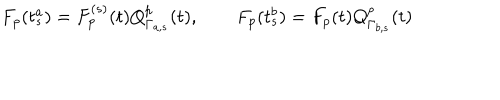
F _ { p } ( t _ { s } ^ { a } ) = F _ { p } ^ { ( s ) } ( t ) Q _ { \Gamma _ { a , s } } ^ { p } ( t ) , \qquad F _ { p } ( t _ { s } ^ { b } ) = F _ { p } ( t ) Q _ { \Gamma _ { b , s } } ^ { p } ( t )